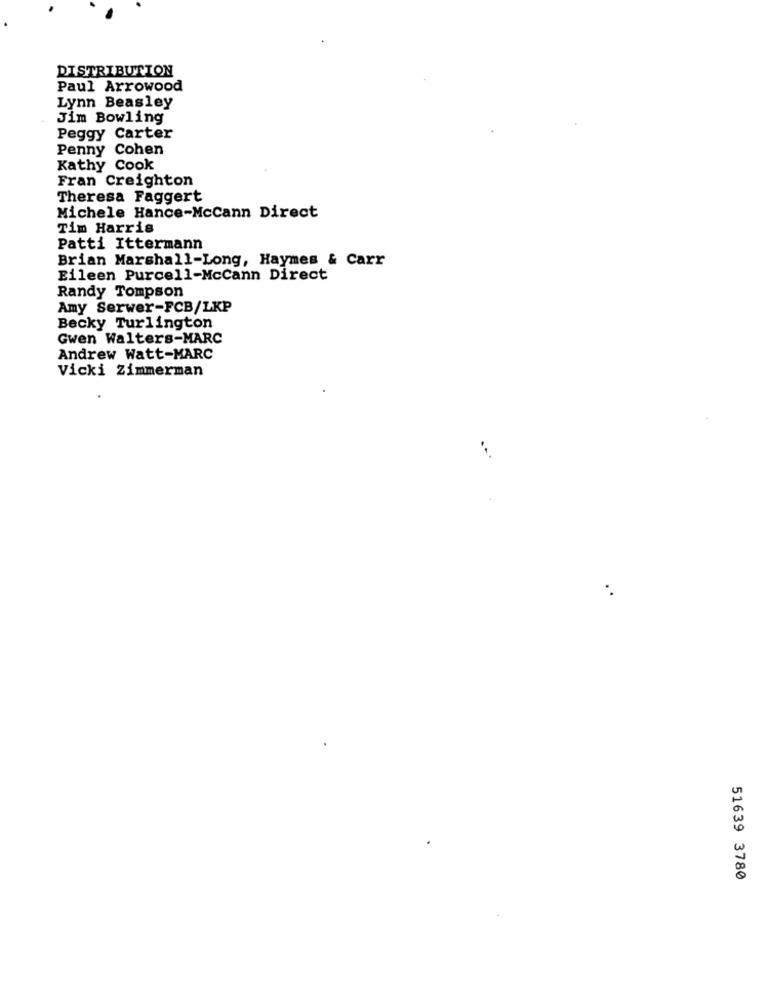
DISTRIBUTION
Paul Arrowood
Lynn Beasley
Jim Bowling
Peggy Carter
Penny Cohen
Kathy Cook
Fran Creighton
Theresa Faggert
Michele Hance-McCann Direct
Tim Harris
Patti Ittermann
Brian Marshall-Long, Haymes & Carr
Eileen Purcell-McCann Direct
Randy Tompson
Amy Serwer-FCB/LKP
Becky Turlington
Gwen Walters-MARC
Andrew Watt-MARC
Vicki Zimmerman
51639 3780